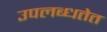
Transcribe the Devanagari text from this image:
उपलब्धतेत